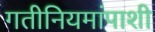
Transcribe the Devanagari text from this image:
गतीनियमांपाशी